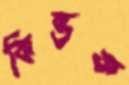
কিন্তক